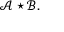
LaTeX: { \mathcal { A } } \star { \mathcal { B } } .